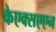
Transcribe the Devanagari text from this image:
केएक्सएएन